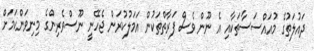
ދައުލަތުގެ މުއައްސަސާތަކާއި އެ ނޫން ވެސް ފަރާތްތަކުން އަމަލުކުރަން ޖެހޭނީ ނޫސްވެރިންގެ މިނިވަންކަމަށް